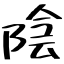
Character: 陰